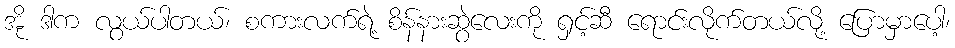
အို ဒါက လွယ်ပါတယ်၊ စကားလက်ရဲ့ စိန်နားဆွဲလေးကို ရှင့်ဆီ ရောင်းလိုက်တယ်လို့ ပြောမှာပေါ့၊